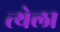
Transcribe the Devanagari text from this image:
त्येला